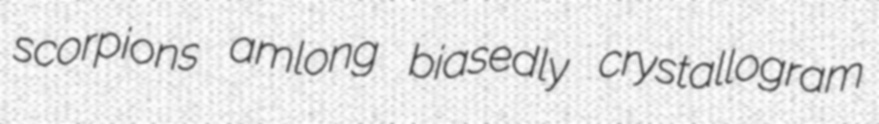
scorpions amlong biasedly crystallogram